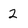
Character: 2